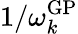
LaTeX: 1/\omega_{k}^{\mathrm{GP}}